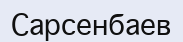
Сарсенбаев